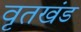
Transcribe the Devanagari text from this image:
वृतखंड